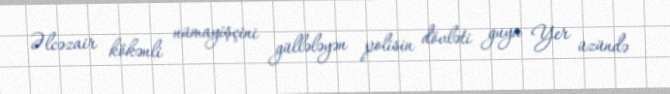
Əlcəzair kökənli nümayişçini güllələyən polisin dövləti guya Yer üzündə